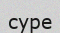
суре